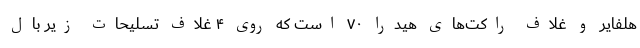
هلفایر و غلاف راکت‌های هیدرا ۷۰ است که روی ۴ غلاف تسلیحات زیر بال